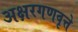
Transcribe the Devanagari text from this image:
अक्षरगणवृत्ते